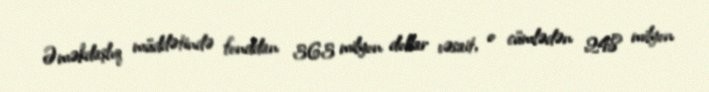
Əməkdaşlıq müddətində fonddan 363 milyon dollar vəsait, o cümlədən 248 milyon